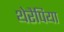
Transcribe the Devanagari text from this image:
थेरैपिया